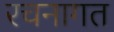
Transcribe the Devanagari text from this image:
रचनागत